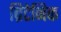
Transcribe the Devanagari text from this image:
ब्रिटेनिक